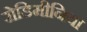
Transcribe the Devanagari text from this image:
रोडिमीनिया